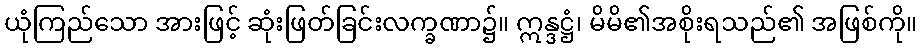
ယုံကြည်သော အားဖြင့် ဆုံးဖြတ်ခြင်းလက္ခဏာ၌။ ဣန္ဒဋ္ဌံ၊ မိမိ၏အစိုးရသည်၏ အဖြစ်ကို။